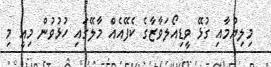
މިލިޔުމާއި ގުޅޭ ވީޑިއޯލަވާޒާގެ ކެފޭއެއް މާލޭގައި ހުޅުވުން މިއީ މި